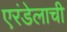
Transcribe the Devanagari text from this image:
एरंडेलाची